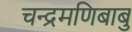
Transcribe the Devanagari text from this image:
चन्द्रमणिबाबु